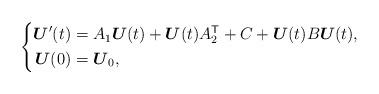
LaTeX: \begin{align*} \left\{\begin{aligned} \boldsymbol U'(t)&=A_1\boldsymbol U(t)+\boldsymbol U(t)A_2^{\mathsf T}+C +\boldsymbol U(t)B\boldsymbol U(t),\\ \boldsymbol U(0)&=\boldsymbol U_0, \end{aligned}\right. \end{align*}